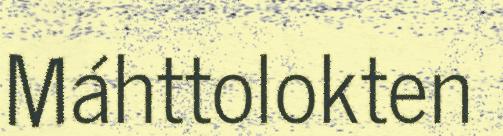
Máhttolokten